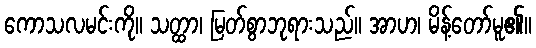
ကောသလမင်းကို။ သတ္ထာ၊ မြတ်စွာဘုရားသည်။ အာဟ၊ မိန့်တော်မူ၏။